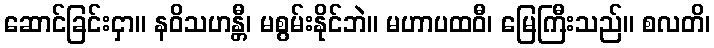
ဆောင်ခြင်းငှာ။ နဝိသဟန္တီ၊ မစွမ်းနိုင်ဘဲ။ မဟာပထဝီ၊ မြေကြီးသည်။ စလတိ၊